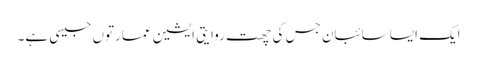
ایک ایسا سائبان جس کی چھت روایتی ایشین عمارتوں جیسی ہے۔